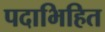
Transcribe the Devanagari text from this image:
पदाभिहित